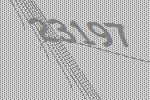
23197